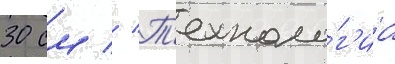
30 см // Т'ехноло́г'иа